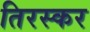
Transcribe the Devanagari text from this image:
तिरस्कर